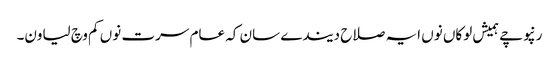
رنپوچے ہمیش لوکاں نوں ایہ صلاح دیندے سان کہ عام سرت نوں کم وچ لیاون۔